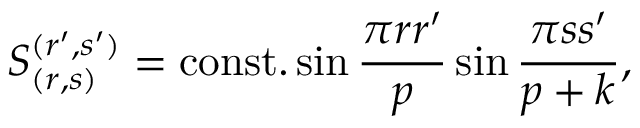
S _ { ( r , s ) } ^ { ( r ^ { \prime } , s ^ { \prime } ) } = \mathrm { c o n s t . } \sin { \frac { \pi r r ^ { \prime } } { p } } \sin { \frac { \pi s s ^ { \prime } } { p + k } } ,